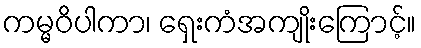
ကမ္မဝိပါကာ၊ ရှေးကံအကျိုးကြောင့်။